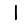
Digit: 1